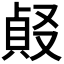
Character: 𠭹